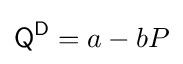
{\mathsf {Q^{D}}}=a-bP